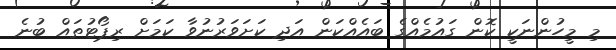
މި މީހުންނަކީ ކޮން ގައުމެއްގެ ބައެއްކަން އަދި ކަށަވަރުނުވާ ކަމަށް ރިޕޯޓުތައް ބުނެ